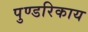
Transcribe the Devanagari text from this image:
पुण्डरिकाय